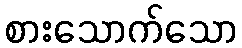
စားသောက်သော